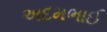
અદમભાઈ